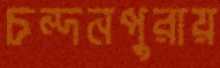
চন্দনপুরায়